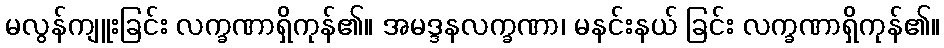
မလွန်ကျူးခြင်း လက္ခဏာရှိကုန်၏။ အမဒ္ဒနလက္ခဏာ၊ မနင်းနယ် ခြင်း လက္ခဏာရှိကုန်၏။